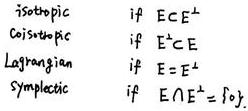
\begin{align*}
\text{isotropic} &\quad\text{if } E\subset E^{\perp}\\
\text{coisotropic} &\quad\text{if } E^{\perp}\subset E\\
\text{Lagrangian} &\quad\text{if } E = E^{\perp}\\
\text{symplectic} &\quad\text{if } E\cap E^{\perp}=\{0\}.
\end{align*}